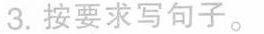
3.按要求写句子。